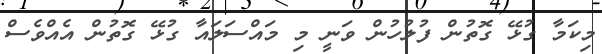
މިކަމާ ގުޅޭ ގޮތުން ފުލުހުން ވަނީ މި މައްސަލައާ ގުޅޭ ގޮތުން އެއްވެސް